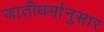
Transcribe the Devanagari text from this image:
जातीधर्मानुसार